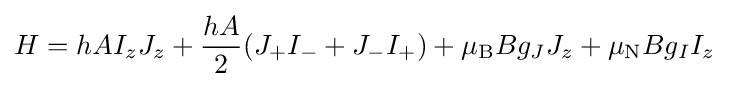
H=hAI_{z}J_{z}+{\frac {hA}{2}}(J_{+}I_{-}+J_{-}I_{+})+\mu _{\rm {B}}Bg_{J}J_{z}+\mu _{\rm {N}}Bg_{I}I_{z}